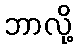
ဘာလို့